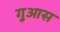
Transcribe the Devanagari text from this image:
गुआस